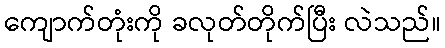
ကျောက်တုံးကို ခလုတ်တိုက်ပြီး လဲသည်။